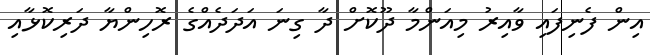
އިން ފެނިފައި ވާއިރު މިއަންމާ ދޫކޮށް ދާ ގިނަ އަދަދެއްގެ ރޮހިންޔާ ދަރިކޮޅާއި